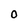
Character: 0